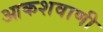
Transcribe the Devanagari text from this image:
आकशवाणी